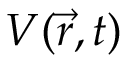
V ( \vec { r } , t )